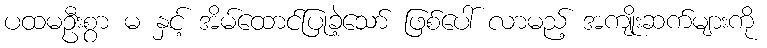
ပထမဦးစွာ မ နှင့် အိမ်ထောင်ပြုခဲ့သော် ဖြစ်ပေါ် လာမည့် အကျိုးဆက်များကို